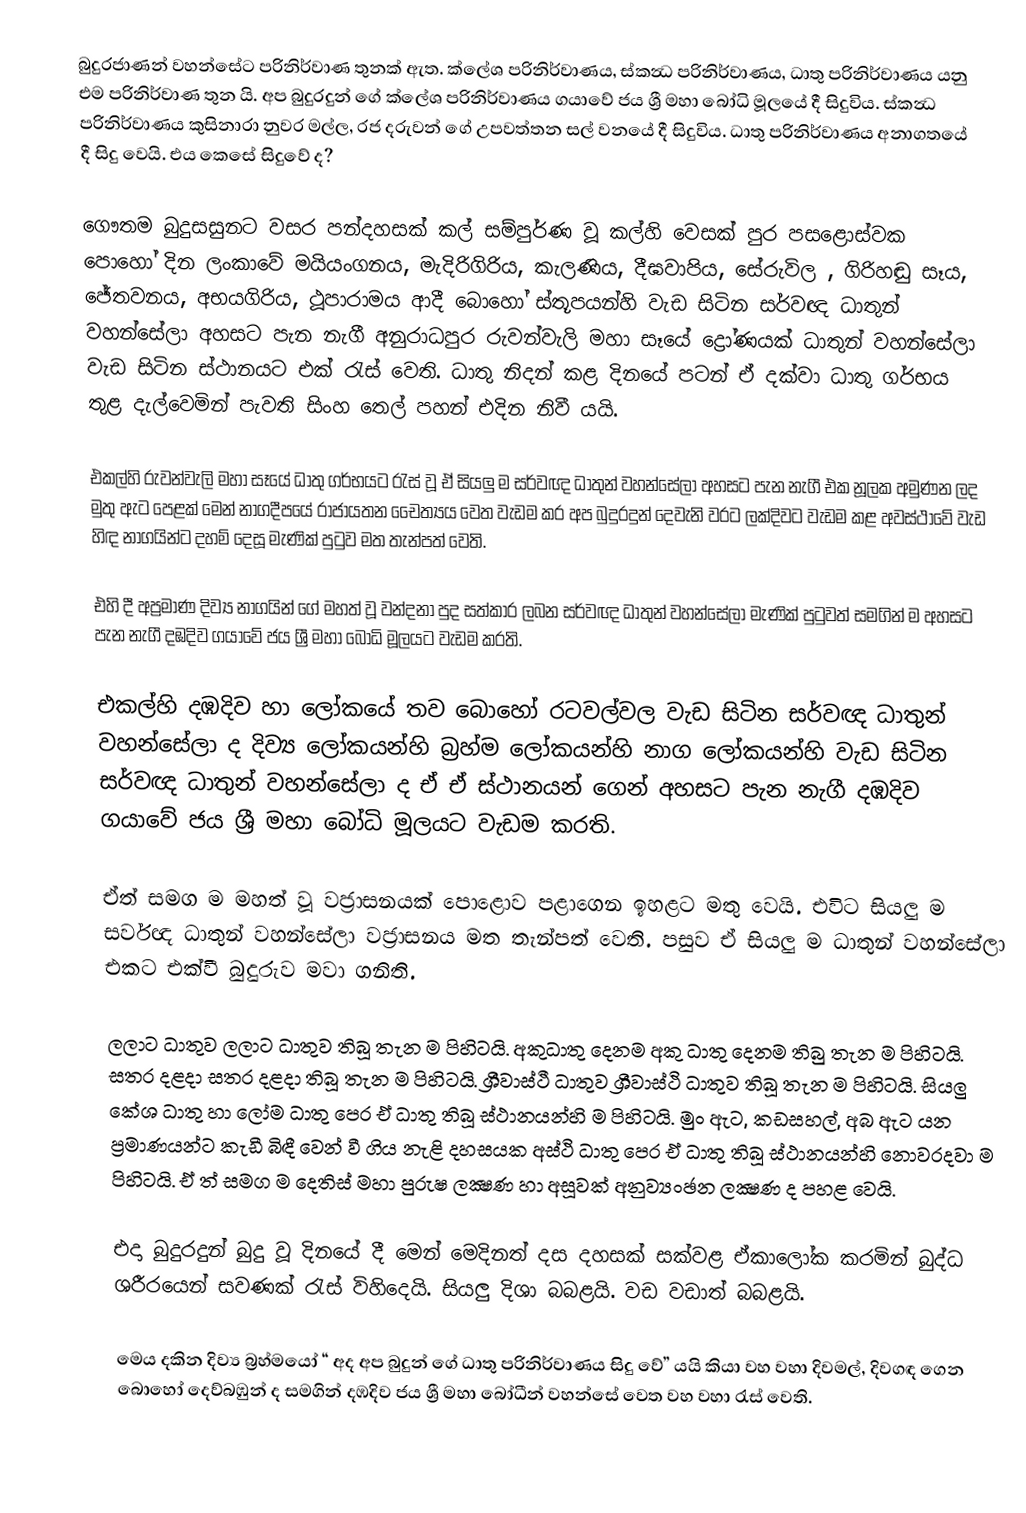
බුදුරජාණන් වහන්සේට පරිනිර්වාණ තුනක් ඇත. ක්ලේශ පරිනිර්වාණය, ස්කන්‍ධ පරිනිර්වාණය, ධාතු පරිනිර්වාණය යනු එම පරිනිර්වාණ තුන යි. අප බුදුරදුන් ගේ ක්ලේශ පරිනිර්වාණය ගයාවේ ජය ශ්‍රී මහා බෝධි මූලයේ දී සිදුවිය. ස්කන්‍ධ පරිනිර්වාණය කුසිනාරා නුවර මල්ල, රජ දරුවන් ගේ උපවත්තන සල් වනයේ දී සිදුවිය. ධාතු පරිනිර්වාණය අනාගතයේ දී සිදු වෙයි. එය කෙසේ සිදුවේ ද?

ගෞතම බුදුසසුනට වසර පන්දහසක් කල් සම්පුර්ණ වූ කල්හි වෙසක් පුර පසළොස්වක පොහෝ දින ලංකාවේ මයියංගනය, මැදිරිගිරිය, කැලණිය, දීඝවාපිය, සේරුවිල , ගිරිහඬු සෑය, ජේතවනය, අභයගිරිය, ථූපාරාමය ආදී බොහෝ ස්තූපයන්හි වැඩ සිටින සර්වඥ ධාතුන් වහන්සේලා අහසට පැන නැගී අනුරාධපුර රුවන්වැලි මහා සෑයේ ද්‍රෝණයක් ධාතුන් වහන්සේලා වැඩ සිටින ස්ථානයට එක් රැස් වෙති. ධාතු නිදන් කළ දිනයේ පටන් ඒ දක්වා ධාතු ගර්භය තුළ දැල්වෙමින් පැවති සිංහ තෙල් පහන් එදින නිවී යයි.

එකල්හි රුවන්වැලි මහා සෑයේ ධාතු ගර්භයට රැස් වූ ඒ සියලු ම සර්වඥ ධාතුන් වහන්සේලා අහසට පැන නැගී එක නූලක අමුණන ලද මුතු ඇට පෙළක් මෙන් නාගදීපයේ රාජායතන චෛත්‍යය වෙත වැඩම කර අප බුදුරදුන් දෙවැනි වරට ලක්දිවට වැඩම කළ අවස්ථාවේ වැඩ හිඳ නාගයින්ට දහම් දෙසූ මැණික් පුටුව මත තැන්පත් වෙති.

එහි දී අප්‍රමාණ දිව්‍ය නාගයින් ගේ මහත් වූ වන්දනා පුද සත්කාර ලබන සර්වඥ ධාතුන් වහන්සේලා මැණික් පුටුවත් සමගින් ම අහසට පැන නැගී දඹදිව ගයාවේ ජය ශ්‍රී මහා බෝධි මූලයට වැඩම කරති.

එකල්හි දඹදිව හා ලෝකයේ තව බොහෝ රටවල්වල වැඩ සිටින සර්වඥ ධාතුන් වහන්සේලා ද දිව්‍ය ලෝකයන්හි බ්‍රහ්ම ලෝකයන්හි නාග ලෝකයන්හි වැඩ සිටින සර්වඥ ධාතුන් වහන්සේලා ද ඒ ඒ ස්ථානයන් ගෙන් අහසට පැන නැගී දඹදිව ගයාවේ ජය ශ්‍රී මහා බෝධි මූලයට වැඩම කරති.

ඒත් සමග ම මහත් වූ වජ්‍රාසනයක් පොළොව පළාගෙන ඉහළට මතු වෙයි. එවිට සියලු ම සර්වඥ ධාතුන් වහන්සේලා වජ්‍රාසනය මත තැන්පත් වෙති. පසුව ඒ සියලු ම ධාතුන් වහන්සේලා එකට එක්වී බුදුරුව මවා ගනිති.

ලලාට ධාතුව ලලාට ධාතුව තිබූ තැන ම පිහිටයි. අකුධාතු දෙනම අකු ධාතු දෙනම තිබු තැන ම පිහිටයි. සතර දළදා සතර දළදා තිබූ තැන ම පිහිටයි. ශ්‍රීවාස්ථී ධාතුව ශ්‍රීවාස්ථි ධාතුව තිබූ තැන ම පිහිටයි. සියලු කේශ ධාතු හා ලෝම ධාතු පෙර ඒ ධාතු තිබූ ස්ථානයන්හි ම පිහිටයි. මුං ඇට, කඩසහල්, අබ ඇට යන ප්‍රමාණයන්ට කැඩී බිඳී වෙන් වී ගිය නැළි දහසයක අස්ථි ධාතු පෙර ඒ ධාතු තිබූ ස්ථානයන්හි නොවරදවා ම පිහිටයි. ඒ ත් සමග ම දෙතිස් මහා පුරුෂ ලක්‍ෂණ හා අසූවක් අනුව්‍යංඡන ලක්‍ෂණ ද පහළ වෙයි.

එදා බුදුරදුන් බුදු වූ දිනයේ දී මෙන් මෙදිනත් දස දහසක් සක්වළ ඒකාලෝක කරමින් බුද්ධ ශරීරයෙන් සවණක් රැස් විහිදෙයි. සියලු දිශා බබළයි. වඩ වඩාත් බබළයි.

මෙය දකින දිව්‍ය බ්‍රහ්මයෝ “ අද අප බුදුන් ගේ ධාතු පරිනිර්වාණය සිදු වේ” යයි කියා වහ වහා දිවමල්, දිවගඳ ගෙන බොහෝ දෙව්බඹුන් ද සමගින් දඹදිව ජය ශ්‍රී මහා බෝධීන් වහන්සේ වෙත වහ වහා රැස් වෙති.